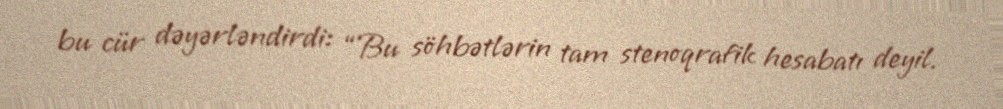
bu cür dəyərləndirdi: “Bu söhbətlərin tam stenoqrafik hesabatı deyil.